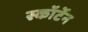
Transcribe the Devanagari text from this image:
स्कॉर्टेन